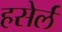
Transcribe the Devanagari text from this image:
हसेर्ल